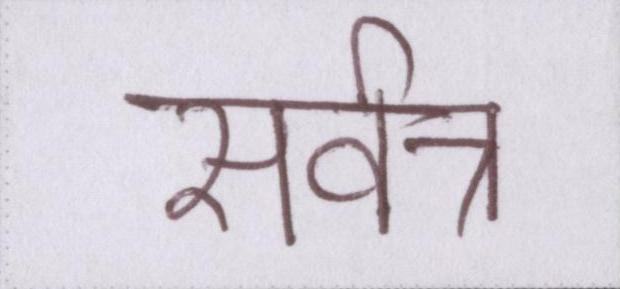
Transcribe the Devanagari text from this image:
सर्वत्र